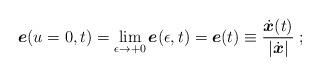
LaTeX: \begin{align*}{\mbox{\boldmath $e$}}(u=0,t)= \lim_{\epsilon \rightarrow +0}{\mbox{\boldmath $e$}}(\epsilon,t)= {\mbox{\boldmath $e$}}(t) \equiv\frac{\dot{\mbox{\boldmath $x$}}(t)}{|\dot{\mbox{\boldmath $x$}}|}\;;\end{align*}